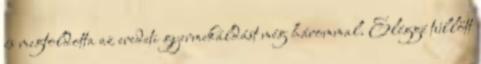
és megtoldotta az eredeti gyermekáldást még hárommal. Eléggé túllőtt